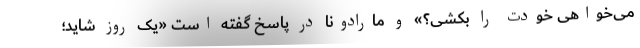
می‌خواهی خودت را بکشی؟» و مارادونا در پاسخ گفته است «یک روز شاید؛